Plague in India, 1896, 1897 - Volume 3
Year: 1896
Disease focus: Plague
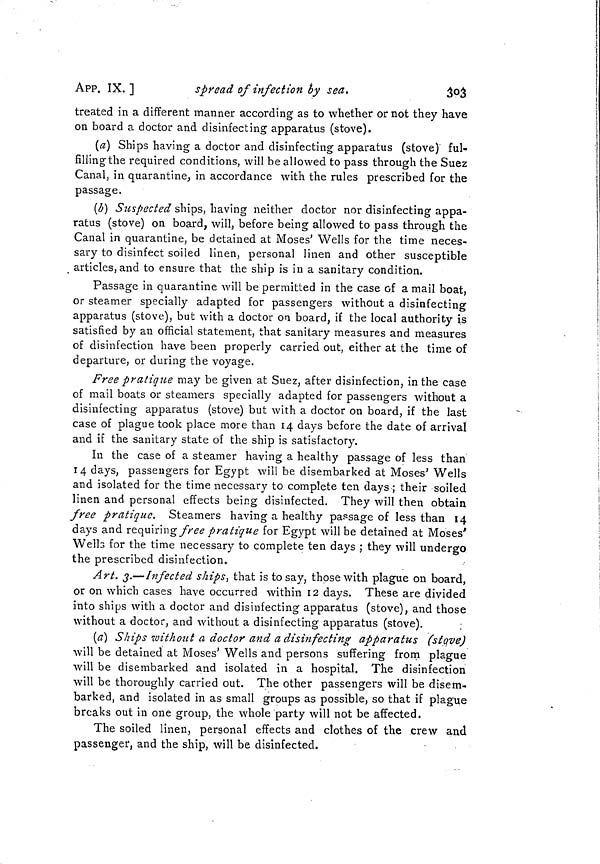
APP. IX.]
spread of infection by sea.
303
treated in a different manner according as to whether or not they have
on board a doctor and disinfecting apparatus (stove).
(a) Ships having a doctor and disinfecting apparatus (stove) ful-
filling the required conditions, will be allowed to pass through the Suez
Canal, in quarantine, in accordance with the rules prescribed for the
passage.
(b] Suspected ships, having neither doctor nor disinfecting appa-
ratus (stove) on board, will, before being allowed to pass through the
Canal in quarantine, be detained at Moses' Wells for the time neces-
sary to disinfect soiled linen, personal linen and other susceptible
articles, and to ensure that the ship is in a sanitary condition.
Passage in quarantine will be permitted in the case of a mail boat,
or steamer specially adapted for passengers without a disinfecting
apparatus (stove), but with a doctor on board, if the local authority is
satisfied by an official statement, that sanitary measures and measures
of disinfection have been properly carried out, either at the time of
departure, or during the voyage.
Free pratique may be given at Suez, after disinfection, in the case
of mail boats or steamers specially adapted for passengers without a
disinfecting apparatus (stove) but with a doctor on board, if the last
case of plague took place more than 14 days before the date of arrival
and if the sanitary state of the ship is satisfactory.
In the case of a steamer having a healthy passage of less than
14 days, passengers for Egypt will be disembarked at Moses' Wells
and isolated for the time necessary to complete ten days ; their soiled
linen and personal effects being disinfected. They will then obtain
free pratique. Steamers having a healthy passage of less than 14
days and requiring free pratique for Egypt will be detained at Moses'
Well 3 for the time necessary to complete ten days ; they will undergo
the prescribed disinfection.
Art. 3.—Infected ships, that is to say, those with plague on board,
or on which cases have occurred within 12 days. These are divided
into ships with a doctor and disinfecting apparatus (stove), and those
without a doctor, and without a disinfecting apparatus (stove).
(a) Ships without a doctor and a disinfecting apparatus (stove)
will be detained at Moses' Wells and persons suffering from plague
will be disembarked and isolated in a hospital. The disinfection
will be thoroughly carried out. The other passengers will be disem-
barked, and isolated in as small groups as possible, so that if plague
breaks out in one group, the whole party will not be affected.
The soiled linen, personal effects and clothes of the crew and
passenger, and the ship, will be disinfected.